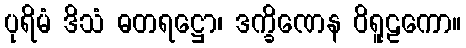
ပုရိမံ ဒိသံ ဓတရဋ္ဌော၊ ဒက္ခိဏေန ဝိရူဠကော။